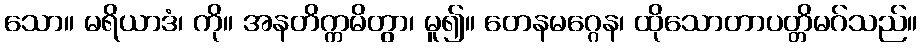
သော။ မရိယာဒံ၊ ကို။ အနတိက္ကမိတွာ၊ မူ၍။ တေနမဂ္ဂေန၊ ထိုသောတာပတ္တိမဂ်သည်။